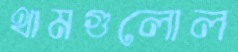
থামগুলোল